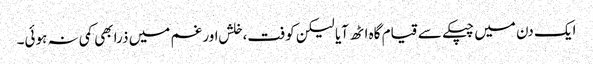
ایک دن میں چپکے سے قیام گاہ اٹھ آیا لیکن کوفت،خلش اور غم میں ذرا بھی کمی نہ ہوئی۔